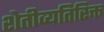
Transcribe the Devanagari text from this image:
शेतीव्यतिरिक्त